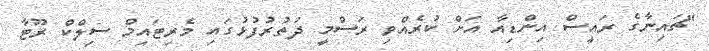
"ޗައިނާގެ ރައީސް އިންޑިއާ އަށް ކުރެއްވި ރަސްމީ ދަތުރުފުޅުގައި މެރިޓައިމް ސިލްކް ރޫޓާ